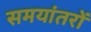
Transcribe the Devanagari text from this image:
समयांतरों